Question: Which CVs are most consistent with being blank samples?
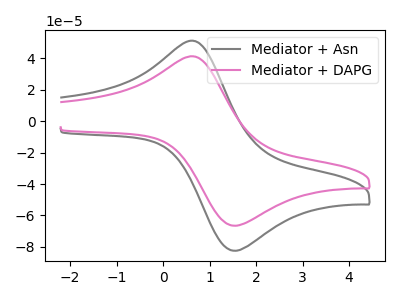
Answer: <think>The gray curve "Mediator + Asn" has an anodic peak at (0.70V, 50.70uA) and a cathodic peak at (1.60V, -82.35uA). The pink curve "Mediator + DAPG" has an anodic peak at (0.70V, 40.90uA) and a cathodic peak at (1.60V, -66.45uA).</think>
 <answer>There are not any CV's on this graph that are likely to be blanks.</answer>
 <eval>none</eval>